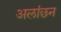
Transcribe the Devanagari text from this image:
अलांछन